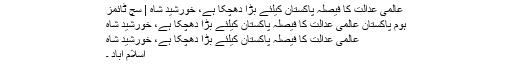
عالمی عدالت کا فیصلہ پاکستان کیلئے بڑا دھچکا ہے، خورشید شاہ | سچ ٹائمز
ہوم پاکستان عالمی عدالت کا فیصلہ پاکستان کیلئے بڑا دھچکا ہے، خورشید شاہ
عالمی عدالت کا فیصلہ پاکستان کیلئے بڑا دھچکا ہے، خورشید شاہ
اسلام آباد ۔